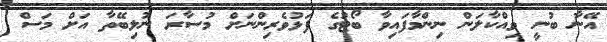
އޭނާ ބުނީ ވިއްކާލަން ނިންމާފައިވާ ބޯޓުގެ ފަޅުވެރިންނަށް މުސާރަ ނުލިބޭތާ އަށް މަސް